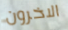
الاخرون